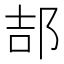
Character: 郆